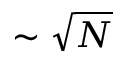
\sim \sqrt { N }